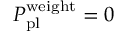
P _ { \mathrm { p l } } ^ { \mathrm { w e i g h t } } = 0